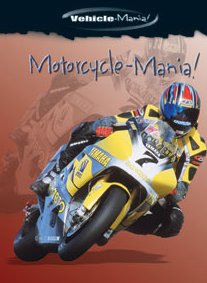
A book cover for Motorcycle-Mania! (Vehicle-Mania!); David Kimber; Children's Books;